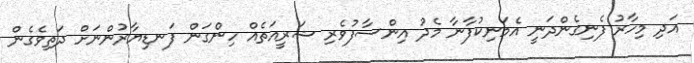
އަދި މިހާރު ފެނިގެންދަނީ އެމަނިކުފާނާ މެދު އިންސާފުވެރި ޝަރީއަތެއް ހިންގަން ފަނޑިޔާރުންނަށް ދަތިވެގެން